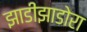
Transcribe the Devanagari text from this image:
झाडीझाडोरा